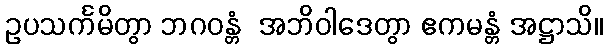
ဥပသင်္ကမိတွာ ဘဂဝန္တံ  အဘိဝါဒေတွာ ဧကမန္တံ အဋ္ဌာသိ။